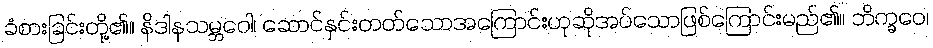
ခံစားခြင်းတို့၏။ နိဒါနသမ္ဘဝေါ၊ ဆောင်နှင်းတတ်သောအကြောင်းဟုဆိုအပ်သောဖြစ်ကြောင်းမည်၏။ ဘိက္ခဝေ၊